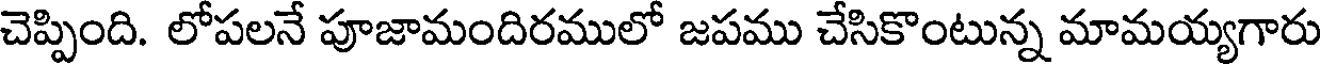
చెప్పింది. లోపలనే పూజామందిరములో జపము చేసికొంటున్న మామయ్యగారు